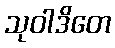
သုဝါဒိတေ